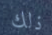
ذلك